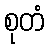
စုတံ